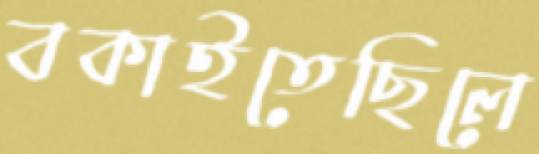
বকাইতেছিলে